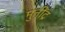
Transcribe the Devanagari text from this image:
मुनींद्र